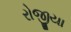
રોજીયા